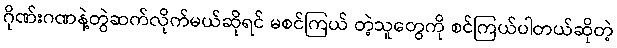
ဂိုဏ်းဂဏနဲ့တွဲဆက်လိုက်မယ်ဆိုရင် မစင်ကြယ် တဲ့သူတွေကို စင်ကြယ်ပါတယ်ဆိုတဲ့